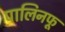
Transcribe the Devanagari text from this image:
पालिनफू